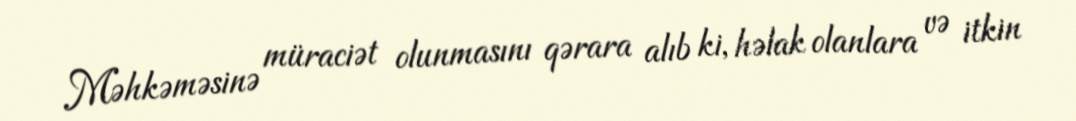
Məhkəməsinə müraciət olunmasını qərara alıb ki, həlak olanlara və itkin